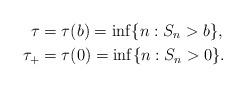
LaTeX: \begin{align*}\tau&=\tau(b)=\inf\{n: S_n>b\},\\*\tau_+&=\tau(0)=\inf\{n:S_n>0\}.\end{align*}